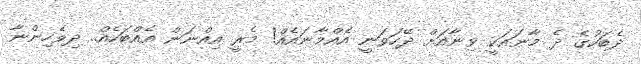
ދެބަހުގެ ދެ މާނައަކީ ވިނާއަށް ދޭހަވަނީ އެއްމާނައެއް! މެރީ އިއްނަން އެއްބަހެއް.. ދިވެހިންނާ